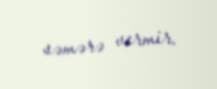
səmərə vermir.